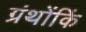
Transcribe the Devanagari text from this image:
ग्रंथोंकिं